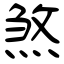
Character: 煞